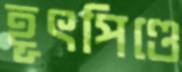
হূৎপিণ্ডে